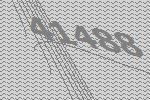
41488